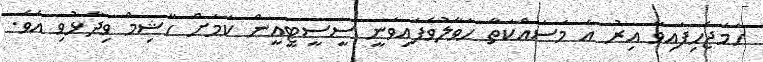
ހަމަޖެހިފައިވާ އިރު އެ މަސައްކަތާ ހަވާލުވެފައިވަނީ ސީސީޓީއީން ކަމަށް ހާޝިމް ވިދާޅުވި އެވެ.